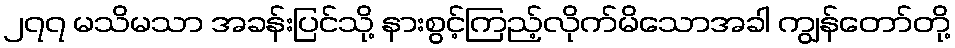
၂၇၇ မသိမသာ အခန်းပြင်သို့ နားစွင့်ကြည့်လိုက်မိသောအခါ ကျွန်တော်တို့